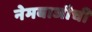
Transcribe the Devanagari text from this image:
नेमबाजीची